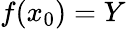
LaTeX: f(x_{0})=Y